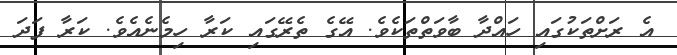
އެ ރަށްތަކުގައި ހައްދާ ބާވަތްތަކެވެ. އޭގެ ތެރޭގައި ކަރާ ހިމެނެއެވެ. ކަރާ ފަދަ